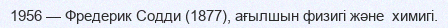
1956 — Фредерик Содди (1877), ағылшын физигі және  химигі.